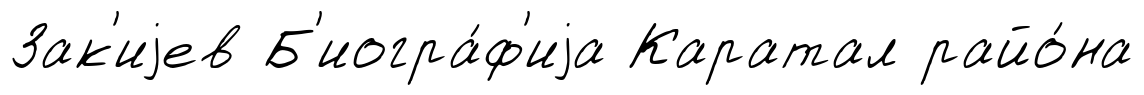
Зак'иjев Б'иогра́ф'иjа Каратал райо́на